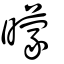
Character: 曚